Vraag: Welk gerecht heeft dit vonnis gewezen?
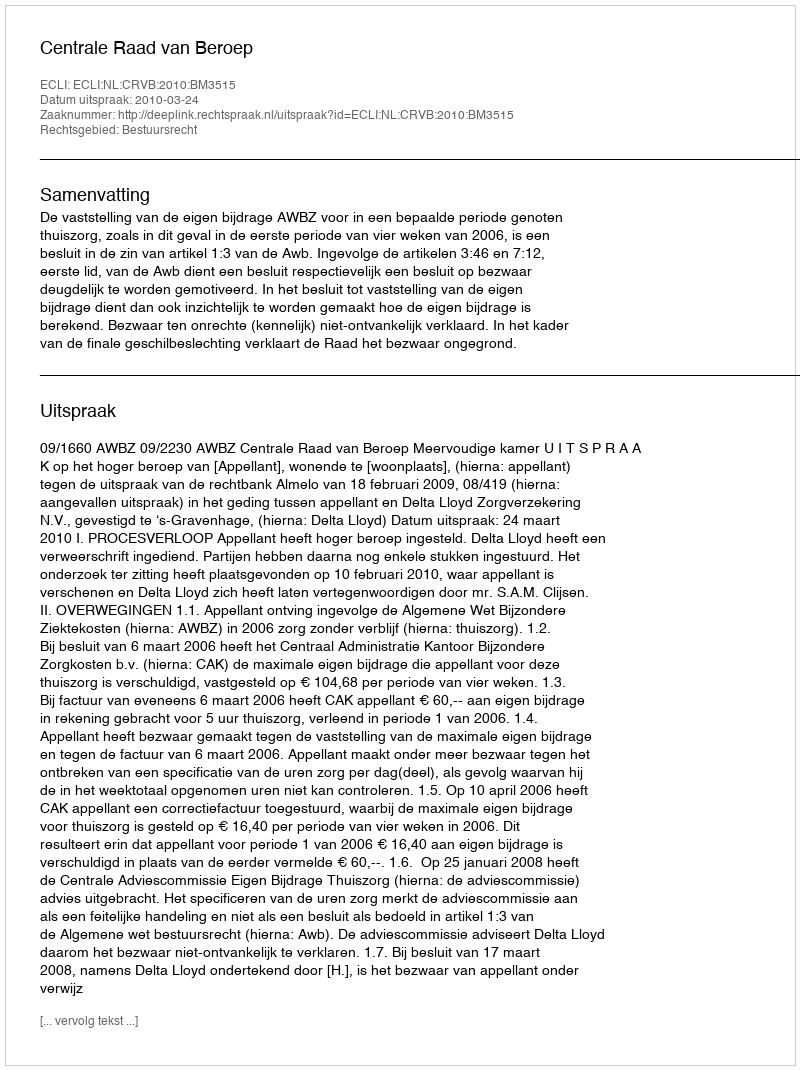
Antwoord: Centrale Raad van Beroep